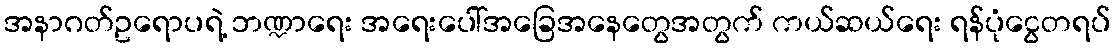
အနာဂတ်ဥရောပရဲ့ ဘဏ္ဍာရေး အရေးပေါ်အခြေအနေတွေအတွက် ကယ်ဆယ်ရေး ရန်ပုံငွေတရပ်